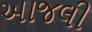
આજલી